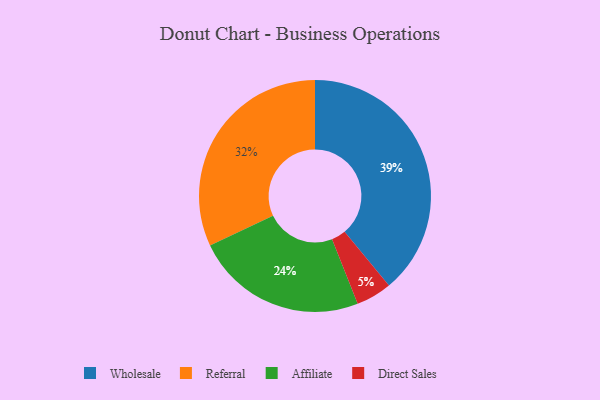
{"axis": {"x": "Category", "y": "Percentage"}, "legend": ["Affiliate", "Direct Sales", "Referral", "Wholesale"], "data": [{"x": "Referral", "y": 32, "type": "Referral"}, {"x": "Wholesale", "y": 39, "type": "Wholesale"}, {"x": "Direct Sales", "y": 5, "type": "Direct Sales"}, {"x": "Affiliate", "y": 24, "type": "Affiliate"}]}